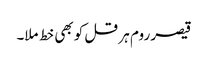
قیصر روم ہر قل کو بھی خط ملا۔